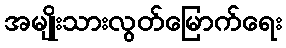
အမျိုးသားလွတ်မြောက်ရေး